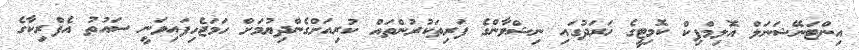
އިންޓަނޭޝަނަލް އޮލިމްޕިކް ކޮމިޓީގެ ޚަރަދުގައި ނިޝްވާންގެ ފަރިތަކުރުންތައް ކުރިއަށްގެންދިޔުމަށް ހަމަޖެހިފައިވަނީ ސައުތު އެފްރިކާގެ